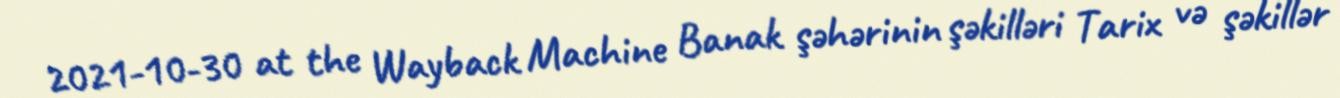
2021-10-30 at the Wayback Machine Banak şəhərinin şəkilləri Tarix və şəkillər